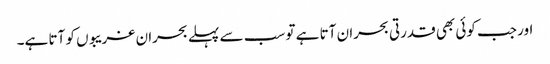
اور جب کوئی بھی قدرتی بحران آتا ہے تو سب سے پہلے بحران غریبوں کو آتا ہے۔